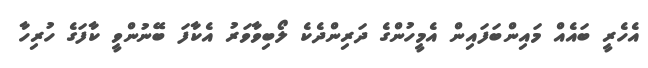
އެހެރީ ބައެއް މައިންބަފައިން އެމީހުންގެ ދަރިންދެކެ ލޯބިވާވަރު އެކާފަ ބޭނުންވީ ކާފަގެ ހުރިހާ